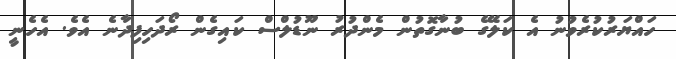
ހައްޔަރުކުރެވުނު އެ ކަލޭގެ ބުނާގޮތުން މެންދުރު ނޫޑުލްސް ކައިގެން ރޯދަހިފިދާނެ އެވެ. އެހެނީ